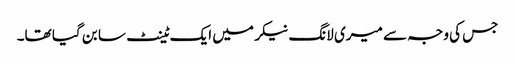
جس کی وجہ سے میری لانگ نیکر میں ایک ٹینٹ سا بن گیا تھا۔